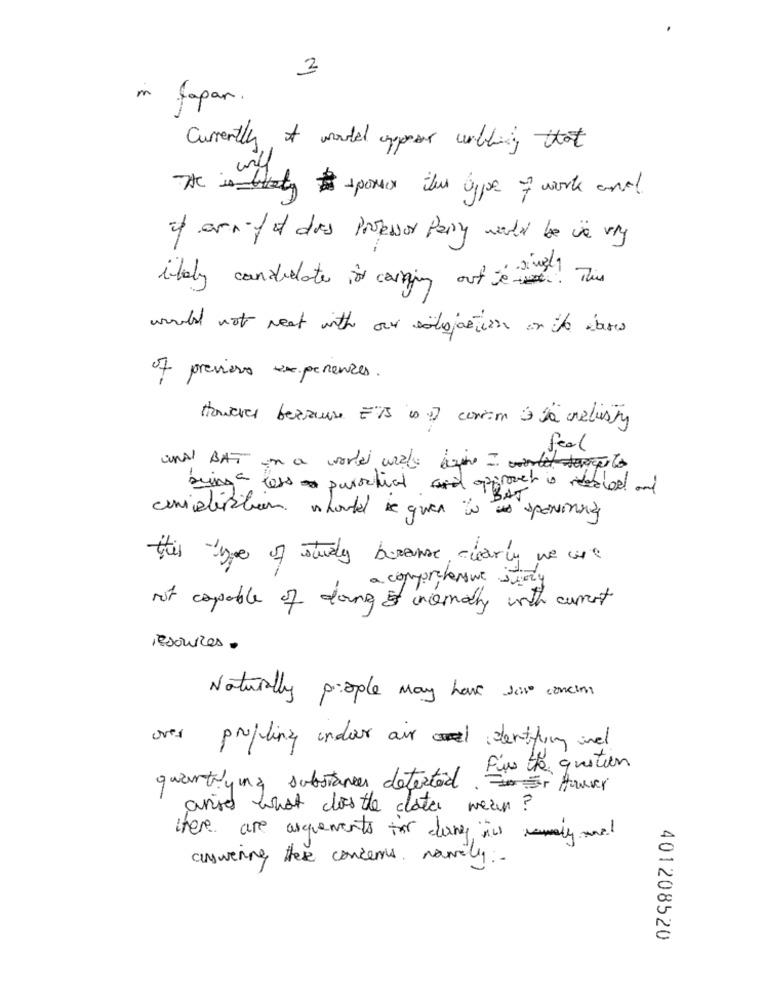
3
in Japan.
currently I would appear willing that
will
He is likely sponsor the type of work and
if errif et das Prosessor Pary would be e vry
italy candidates is carrying out ve. This
would not need with our satisfaction on the doors
of previous experiences.
However because ETS is of conan à la crelusty
feel
ana BAT in a world wide haine = wortels
buying a less parochial and approved is reside and
BAT
caniaerabem should be quer tu as spowinniq
this type of study brance, clearly we w
a comprehensive sted
not capable of doing & inormally with current
resources.
Naturally people may have Jowe concent
over
propling indoor air derthing and
Fies the question
quantityuna substances detected. Hunver
anisd what does the clate mean ?
there are asquements for dance in reply nel
answering these concerns, namely-
401208520